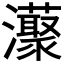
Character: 𤄓